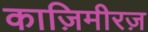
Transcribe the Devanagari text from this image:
काज़िमीरज़